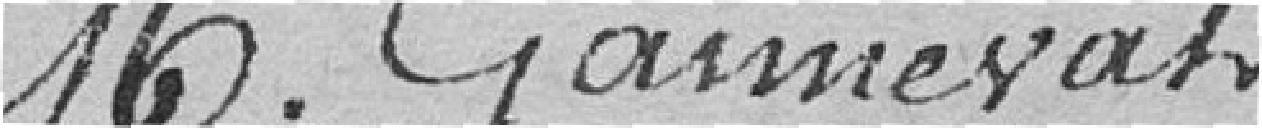
Monsieur Gannerat